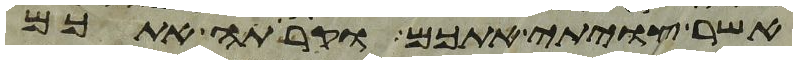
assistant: אשר צויתי אתכם וקרתה אתכם